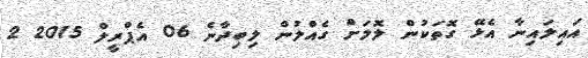
އައިލައިނާ އެޅޭ ގޮތަކުން ލޮލަށް ގެއްލުން ލިބިދާނެ 06 އެޕްރީލް 2015 2